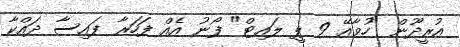
އުރީދޫން "ހުވާއޭ 9 ޕީ ލައިޓް" ފޯނު އެއް ފަހަރާ ފައިސާ ދައްކާ